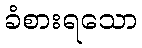
ခံစားရသော